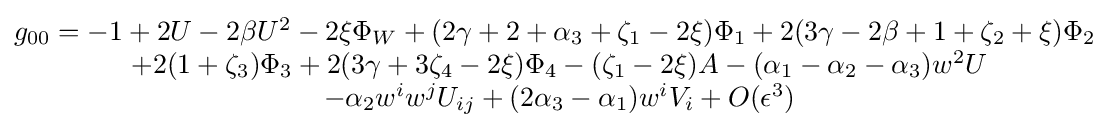
{\begin{matrix}g_{00}=-1+2U-2\beta U^{2}-2\xi \Phi _{W}+(2\gamma +2+\alpha _{3}+\zeta _{1}-2\xi )\Phi _{1}+2(3\gamma -2\beta +1+\zeta _{2}+\xi )\Phi _{2}\\\ +2(1+\zeta _{3})\Phi _{3}+2(3\gamma +3\zeta _{4}-2\xi )\Phi _{4}-(\zeta _{1}-2\xi )A-(\alpha _{1}-\alpha _{2}-\alpha _{3})w^{2}U\\\ -\alpha _{2}w^{i}w^{j}U_{ij}+(2\alpha _{3}-\alpha _{1})w^{i}V_{i}+O(\epsilon ^{3})\end{matrix}}